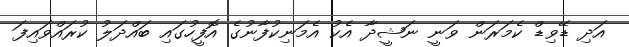
އަދި ޑޭވިޑް ކެމަރަން ވަނީ ނަޝީދާ އެކު އެމަނިކުފާނުގެ އޮފީހުގައި ބައްދަލު ކުރައްވައިފަ